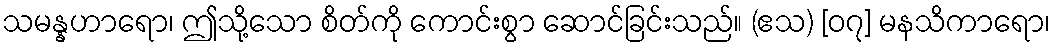
သမန္နဟာရော၊ ဤသို့သော စိတ်ကို ကောင်းစွာ ဆောင်ခြင်းသည်။ (ဧသ) [၀၇] မနသိကာရော၊